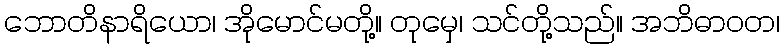
ဘောတိနာရိယော၊ အိုမောင်မတို့။ တုမှေ၊ သင်တို့သည်။ အဘိဓာဝတ၊